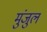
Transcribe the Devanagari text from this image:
मुंजुल